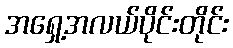
အရှေ့အလယ်ပိုင်းတိုင်း